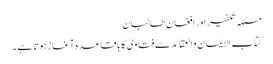
مسئلہ تکفیر اور افغان طالبان
کتاب الایمان و العقائدسے فتاویٰ کا باقاعدہ آغاز ہوتا ہے ۔